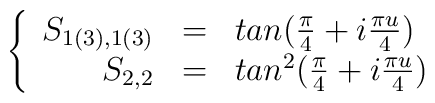
\left\{ \begin{array}{rcl}S_{1(3),1(3)} & = & tan(\frac{\pi}{4}+i\frac{\pi u}{4}) \\S_{2,2} & = & tan^2(\frac{\pi}{4}+i\frac{\pi u}{4}) \nonumber\end{array} \right.